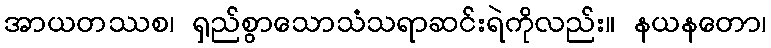
အာယတဿစ၊ ရှည်စွာသောသံသရာဆင်းရဲကိုလည်း။ နယနတော၊